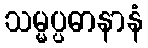
သမ္မပ္ပဓာနာနံ